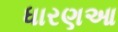
ધારણઆ